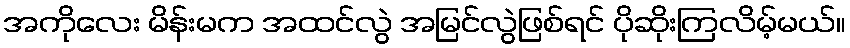
အကိုလေး မိန်းမက အထင်လွဲ အမြင်လွဲဖြစ်ရင် ပိုဆိုးကြလိမ့်မယ်။